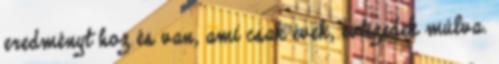
eredményt hoz és van, ami csak évek, évtizedek múlva.